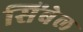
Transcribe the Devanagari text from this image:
सिंबेल